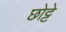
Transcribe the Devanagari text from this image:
छोट्टे